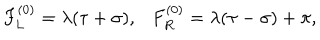
F _ { L } ^ { ( 0 ) } = \lambda ( \tau + \sigma ) , F _ { R } ^ { ( 0 ) } = \lambda ( \tau - \sigma ) + \pi ,